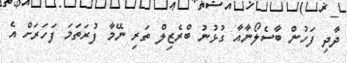
ދާދި ފަހުން ބާސެލޯނާއާ ގުޅުނު ބްރެޒިލް ތަރި ނޭމާ ފުރަތަމަ ފަހަރަށް އެ